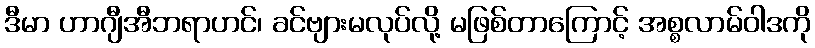
ဒီမာ ဟာဂျီအီဘရာဟင်၊ ခင်ဗျားမလုပ်လို့ မဖြစ်တာကြောင့် အစ္စလာမ်ဝါဒကို